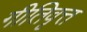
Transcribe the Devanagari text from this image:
गीतिवृत्त